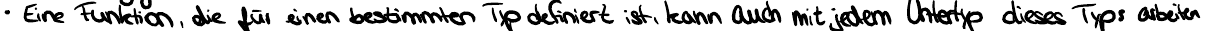
- Eine Funktion, die für einen bestimmten Typ definiert ist, kann auch mit jedem Untertyp dieses Typs arbeiten